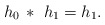
\begin{align*}h_0\, *\ h_1 = h_1.\end{align*}